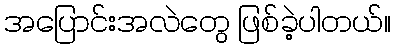
အပြောင်းအလဲတွေ ဖြစ်ခဲ့ပါတယ်။